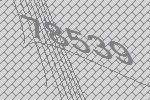
78539